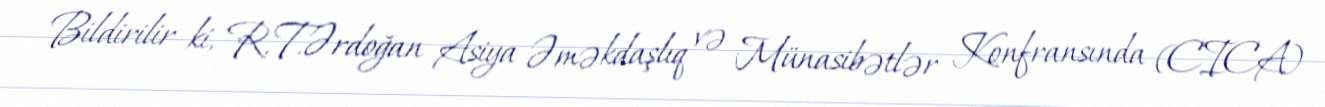
Bildirilir ki, R.T.Ərdoğan Asiya Əməkdaşlıq və Münasibətlər Konfransında (CICA)